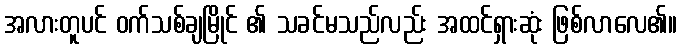
အလားတူပင် ဝက်သစ်ချမြိုင် ၏ သခင်မသည်လည်း အထင်ရှားဆုံး ဖြစ်လာလေ၏။